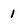
Character: 1